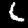
Digit: 6